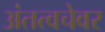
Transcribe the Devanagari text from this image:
अंतत्वचेवर